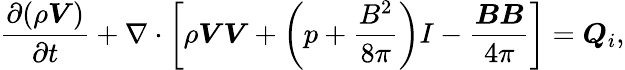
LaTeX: \frac{\partial(\rho\boldsymbol{V})}{\partial t}+\nabla\cdot\left[\rho{\boldsymbol{V}}{\boldsymbol{V}}+\left(p+\frac{B^{2}}{8\pi}\right)I-\frac{{\boldsymbol{B}}{\boldsymbol{B}}}{4\pi}\right]=\boldsymbol{Q}_{i},